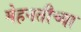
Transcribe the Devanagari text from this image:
मेहनतीच्या